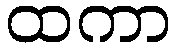
ထကာ